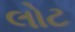
લોટ